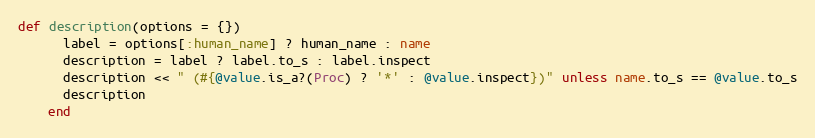
Language: Ruby
def description(options = {})
      label = options[:human_name] ? human_name : name
      description = label ? label.to_s : label.inspect
      description << " (#{@value.is_a?(Proc) ? '*' : @value.inspect})" unless name.to_s == @value.to_s
      description
    end